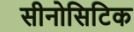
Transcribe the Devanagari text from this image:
सीनोसिटिक